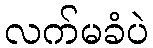
လက်မခံပဲ